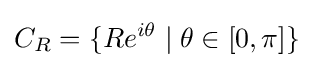
C_{R}=\{Re^{i\theta }\mid \theta \in [0,\pi ]\}